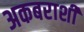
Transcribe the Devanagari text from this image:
अकबराशी